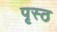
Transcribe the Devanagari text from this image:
पृस्ठ